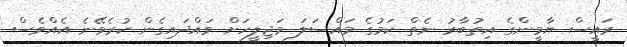
ރައީސް ޔާމީންގެ އިތުބާރު ނެތް ކަމުގެ މައްސަލަ މަޖިލީހަށް ވައްދައިގެން ކުރެވޭނެ އެއްވެސް